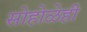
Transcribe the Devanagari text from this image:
सोहोळेही